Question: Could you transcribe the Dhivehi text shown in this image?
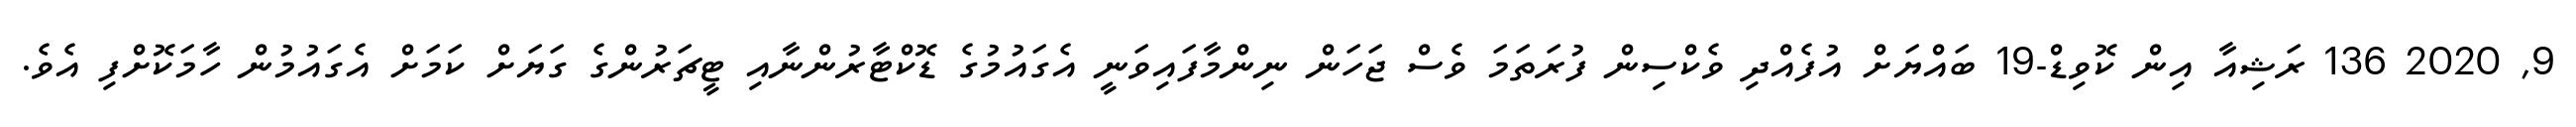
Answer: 9, 2020 136 ރަޝިއާ އިން ކޮވިޑް-19 ބައްޔަށް އުފެއްދި ވެކްސިން ފުރަތަމަ ވެސް ޖަހަން ނިންމާފައިވަނީ އެގައުމުގެ ޑޮކްޓާރުންނާއި ޓީޗަރުންގެ ގަޔަށް ކަމަށް އެގައުމުން ހާމަކޮށްފި އެވެ.